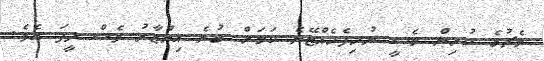
މެޗުގެ ކުރިން މެސީ ނުހިފެހެއްޓޭނެ ކަމަށް ބުނެ އިންޒާރު ވެސް ދީފަ އެވެ.